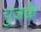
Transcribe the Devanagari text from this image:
पुंजके